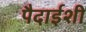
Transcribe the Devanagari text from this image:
पैदाईशी